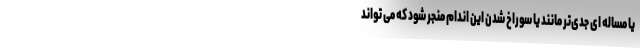
یا مساله ای جدی‌تر مانند یا سوراخ شدن این اندام منجر شود که می تواند